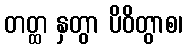
တတ္ထ နှတွာ ပိဝိတွာစ၊